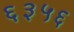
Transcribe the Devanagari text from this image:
६३५६